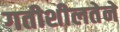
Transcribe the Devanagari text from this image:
गतीशीलतेने